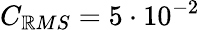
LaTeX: C_{\mathbb{R}MS}=5\cdot10^{-2}